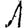
Digit: 1